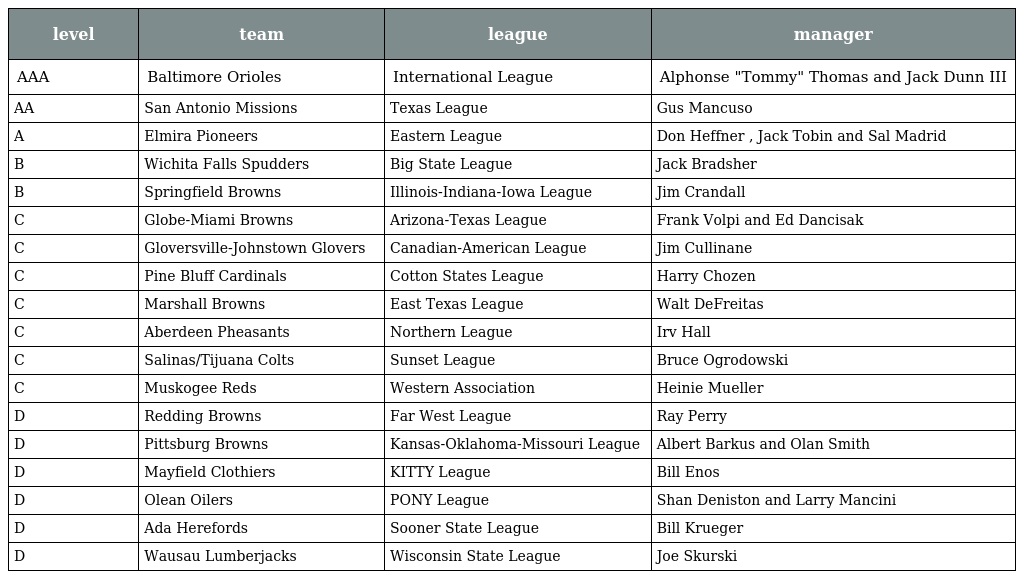
| level | team | league | manager |
 | --- | --- | --- | --- |
 | AAA | Baltimore Orioles | International League | Alphonse "Tommy" Thomas and Jack Dunn III |
 | AA | San Antonio Missions | Texas League | Gus Mancuso |
 | A | Elmira Pioneers | Eastern League | Don Heffner , Jack Tobin and Sal Madrid |
 | B | Wichita Falls Spudders | Big State League | Jack Bradsher |
 | B | Springfield Browns | Illinois-Indiana-Iowa League | Jim Crandall |
 | C | Globe-Miami Browns | Arizona-Texas League | Frank Volpi and Ed Dancisak |
 | C | Gloversville-Johnstown Glovers | Canadian-American League | Jim Cullinane |
 | C | Pine Bluff Cardinals | Cotton States League | Harry Chozen |
 | C | Marshall Browns | East Texas League | Walt DeFreitas |
 | C | Aberdeen Pheasants | Northern League | Irv Hall |
 | C | Salinas/Tijuana Colts | Sunset League | Bruce Ogrodowski |
 | C | Muskogee Reds | Western Association | Heinie Mueller |
 | D | Redding Browns | Far West League | Ray Perry |
 | D | Pittsburg Browns | Kansas-Oklahoma-Missouri League | Albert Barkus and Olan Smith |
 | D | Mayfield Clothiers | KITTY League | Bill Enos |
 | D | Olean Oilers | PONY League | Shan Deniston and Larry Mancini |
 | D | Ada Herefords | Sooner State League | Bill Krueger |
 | D | Wausau Lumberjacks | Wisconsin State League | Joe Skurski |